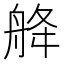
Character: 舽